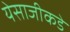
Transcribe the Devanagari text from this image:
येसाजीकडे